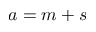
a = m + s